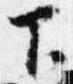
下